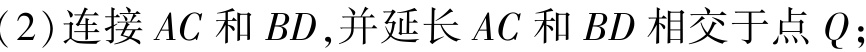
(2)连接 \(AC\) 和 \(BD\),并延长 \(AC\) 和 \(BD\) 相交于点 \(Q\);